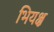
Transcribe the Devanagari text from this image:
भियक्ष